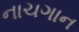
નાચગાન